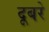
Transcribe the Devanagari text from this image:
दूबरे